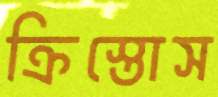
ক্রিস্তোস